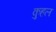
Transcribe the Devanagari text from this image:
कुहल